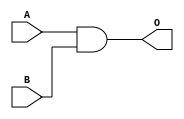
`timescale 1ns / 1ps
//////////////////////////////////////////////////////////////////////////////////
// Company: 
// Engineer: 
// 
// Design Name: 
// Module Name: AndGate1Bit
// Project Name: 
// Target Devices: 
// Tool Versions: 
// Description: 
// 
// Dependencies: 
// 
// Revision:
// Revision 0.01 - File Created
// Additional Comments:
// 
//////////////////////////////////////////////////////////////////////////////////


module AndGate1Bit(A,B,O);

    input A, B;
    output reg O;
    
    always@(*) begin
        O <= A & B;
    end
    
endmodule